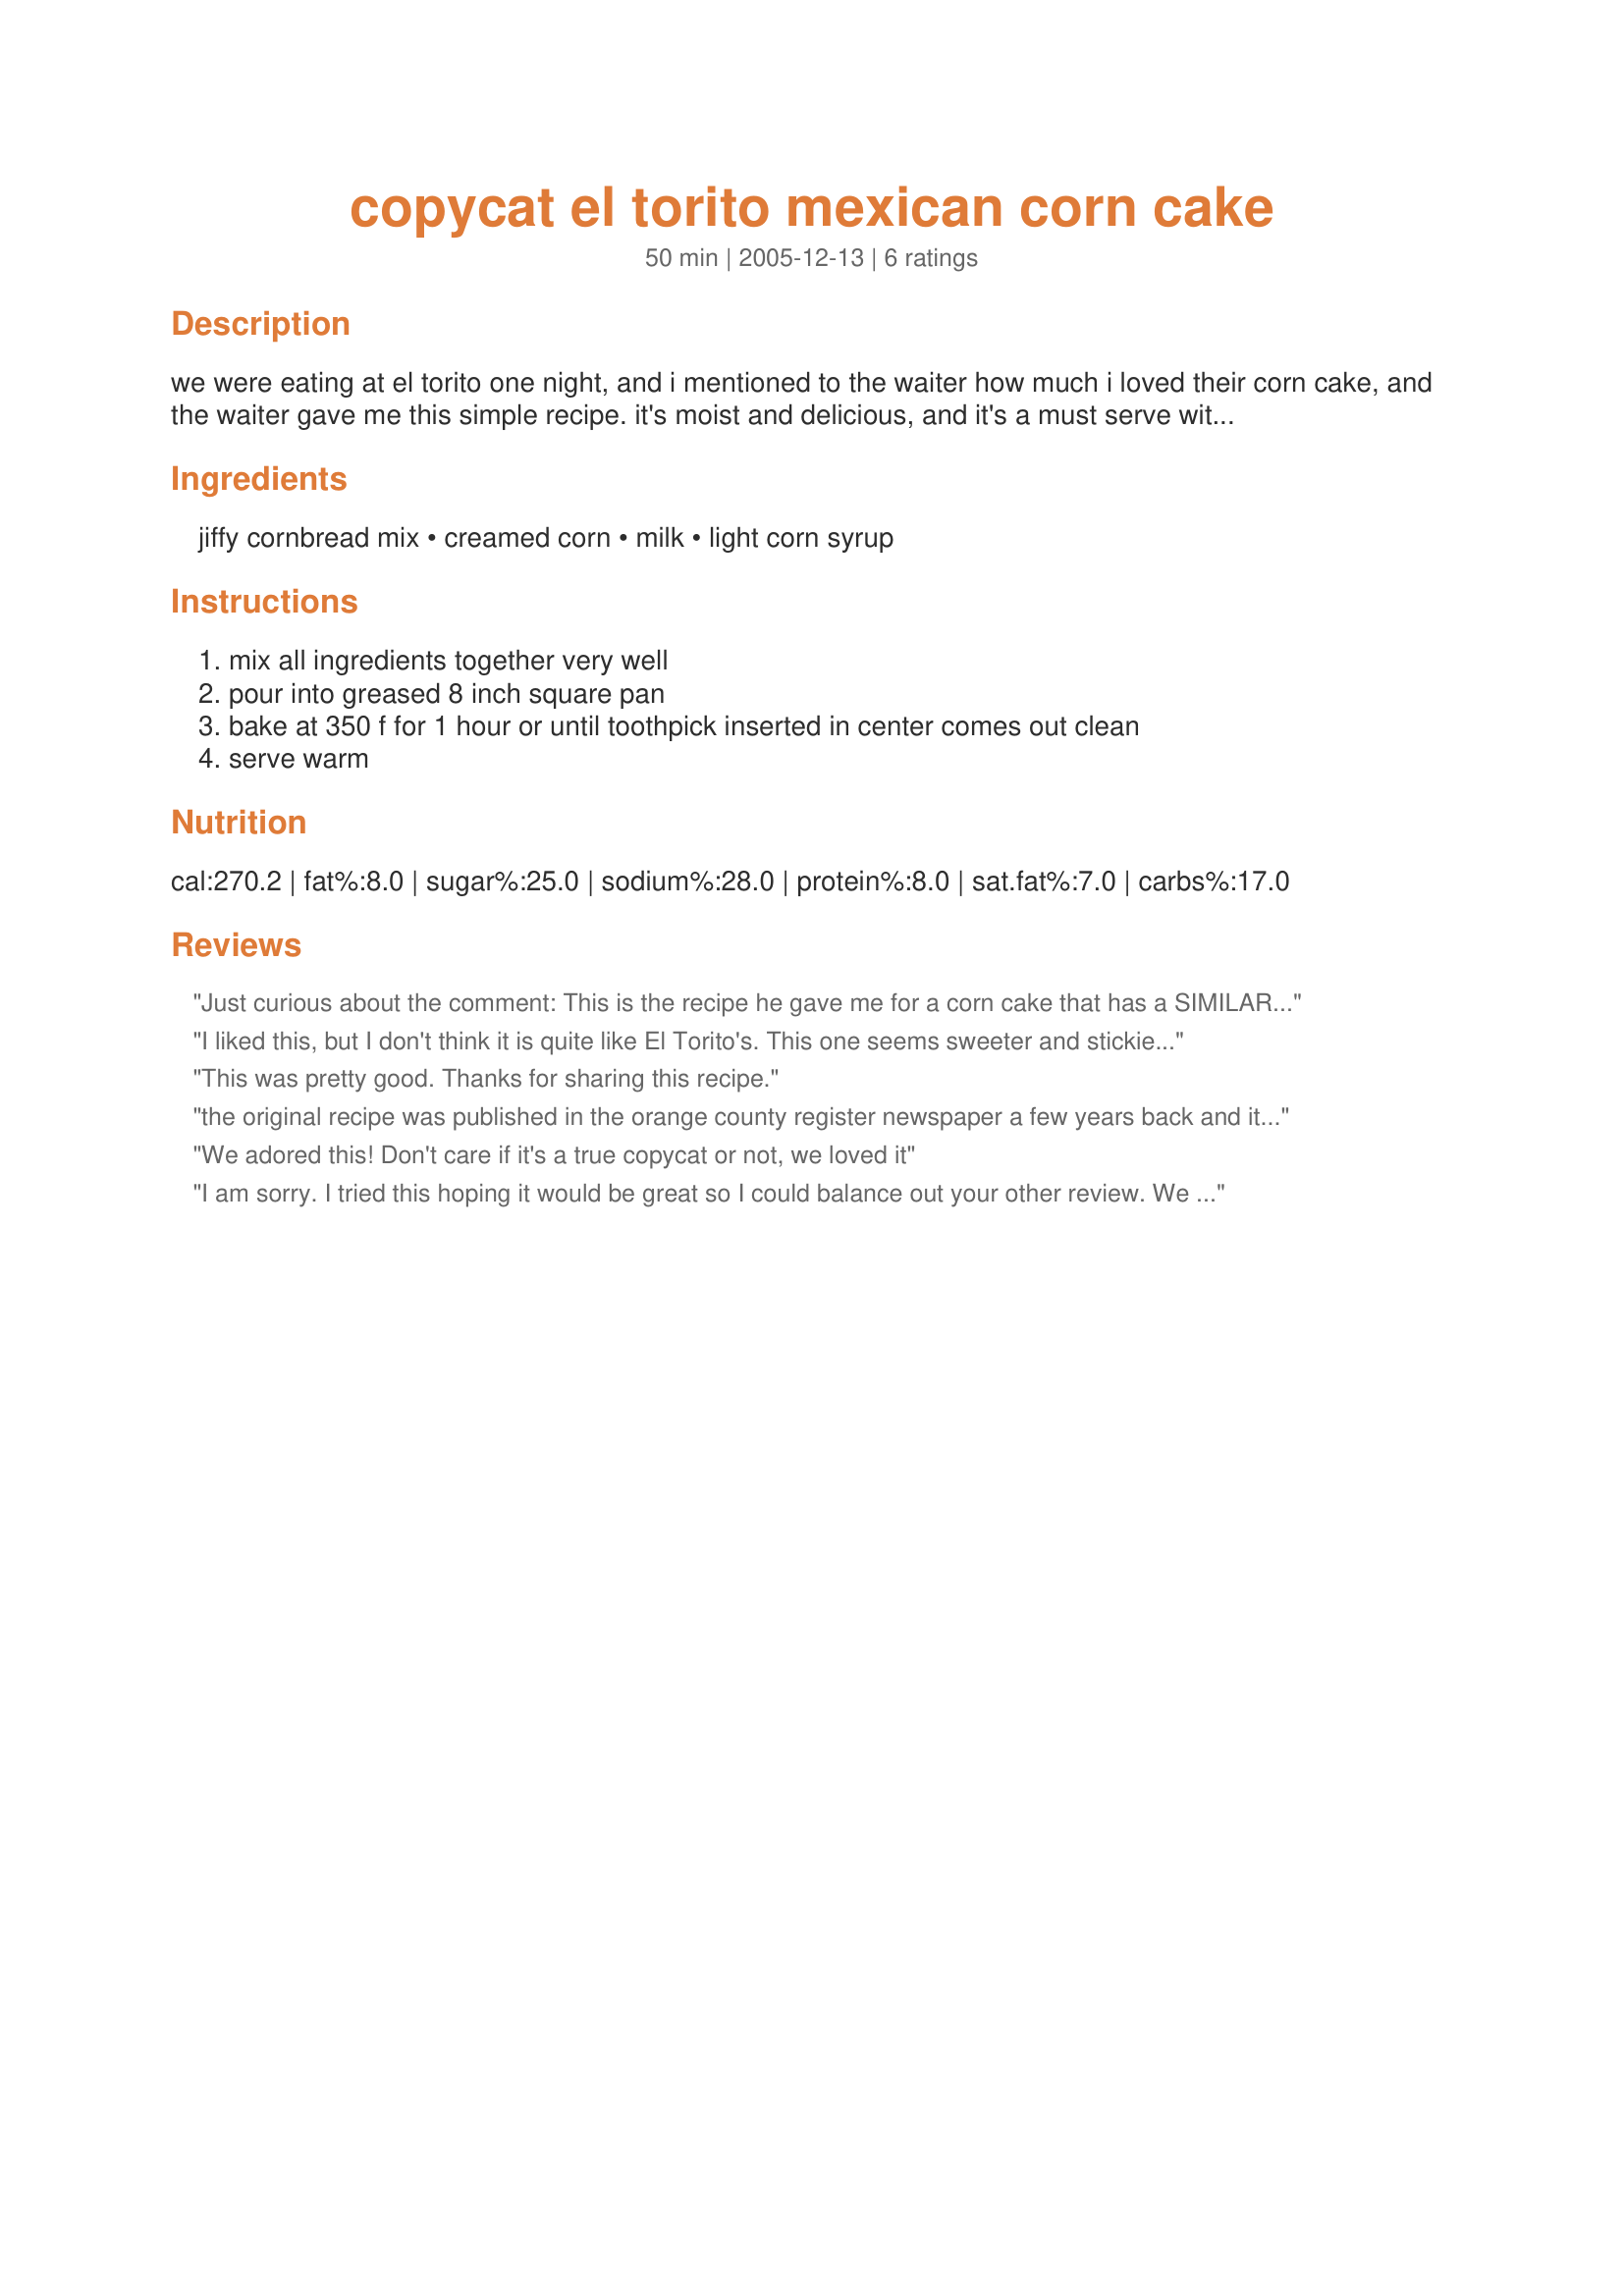
copycat el torito mexican corn cake
Preparation time: 50 minutes

we were eating at el torito one night, and i mentioned to the waiter how much i loved their corn cake, and the waiter gave me this simple recipe. it's moist and delicious, and it's a must serve with every tex mex or mexican meal i cook!

Ingredients:
jiffy cornbread mix, creamed corn, milk, light corn syrup

Steps:
mix all ingredients together very well, pour into greased 8 inch square pan, bake at 350 f for 1 hour or until toothpick inserted in center comes out clean, serve warm

Reviews:
Just curious about the comment: This is the recipe he gave me for a corn cake that has a SIMILAR taste and texture. Which ingredient did the waiter omit? This is a 5 star for FAST AND EASY, but much too sweet for my taste.
I liked this, but I don't think it is quite like El Torito's. This one seems sweeter and stickier. The sweet flavor did pair well with the enchiladas that I made along with this dish. Thanks for posting.
This was pretty good. Thanks for sharing this recipe.
the original recipe was published in the orange county register newspaper a few years back and it was rather intense. I love this recipe it is very close and it satisfies.
We adored this! Don't care if it's a true copycat or not, we loved it
I am sorry. I tried this hoping it would be great so I could balance out your other review. We liked the taste, but the texture was just right. Thanks for taking the time to share a favorite recipe though.
